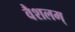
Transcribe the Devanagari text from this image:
वैशलम्